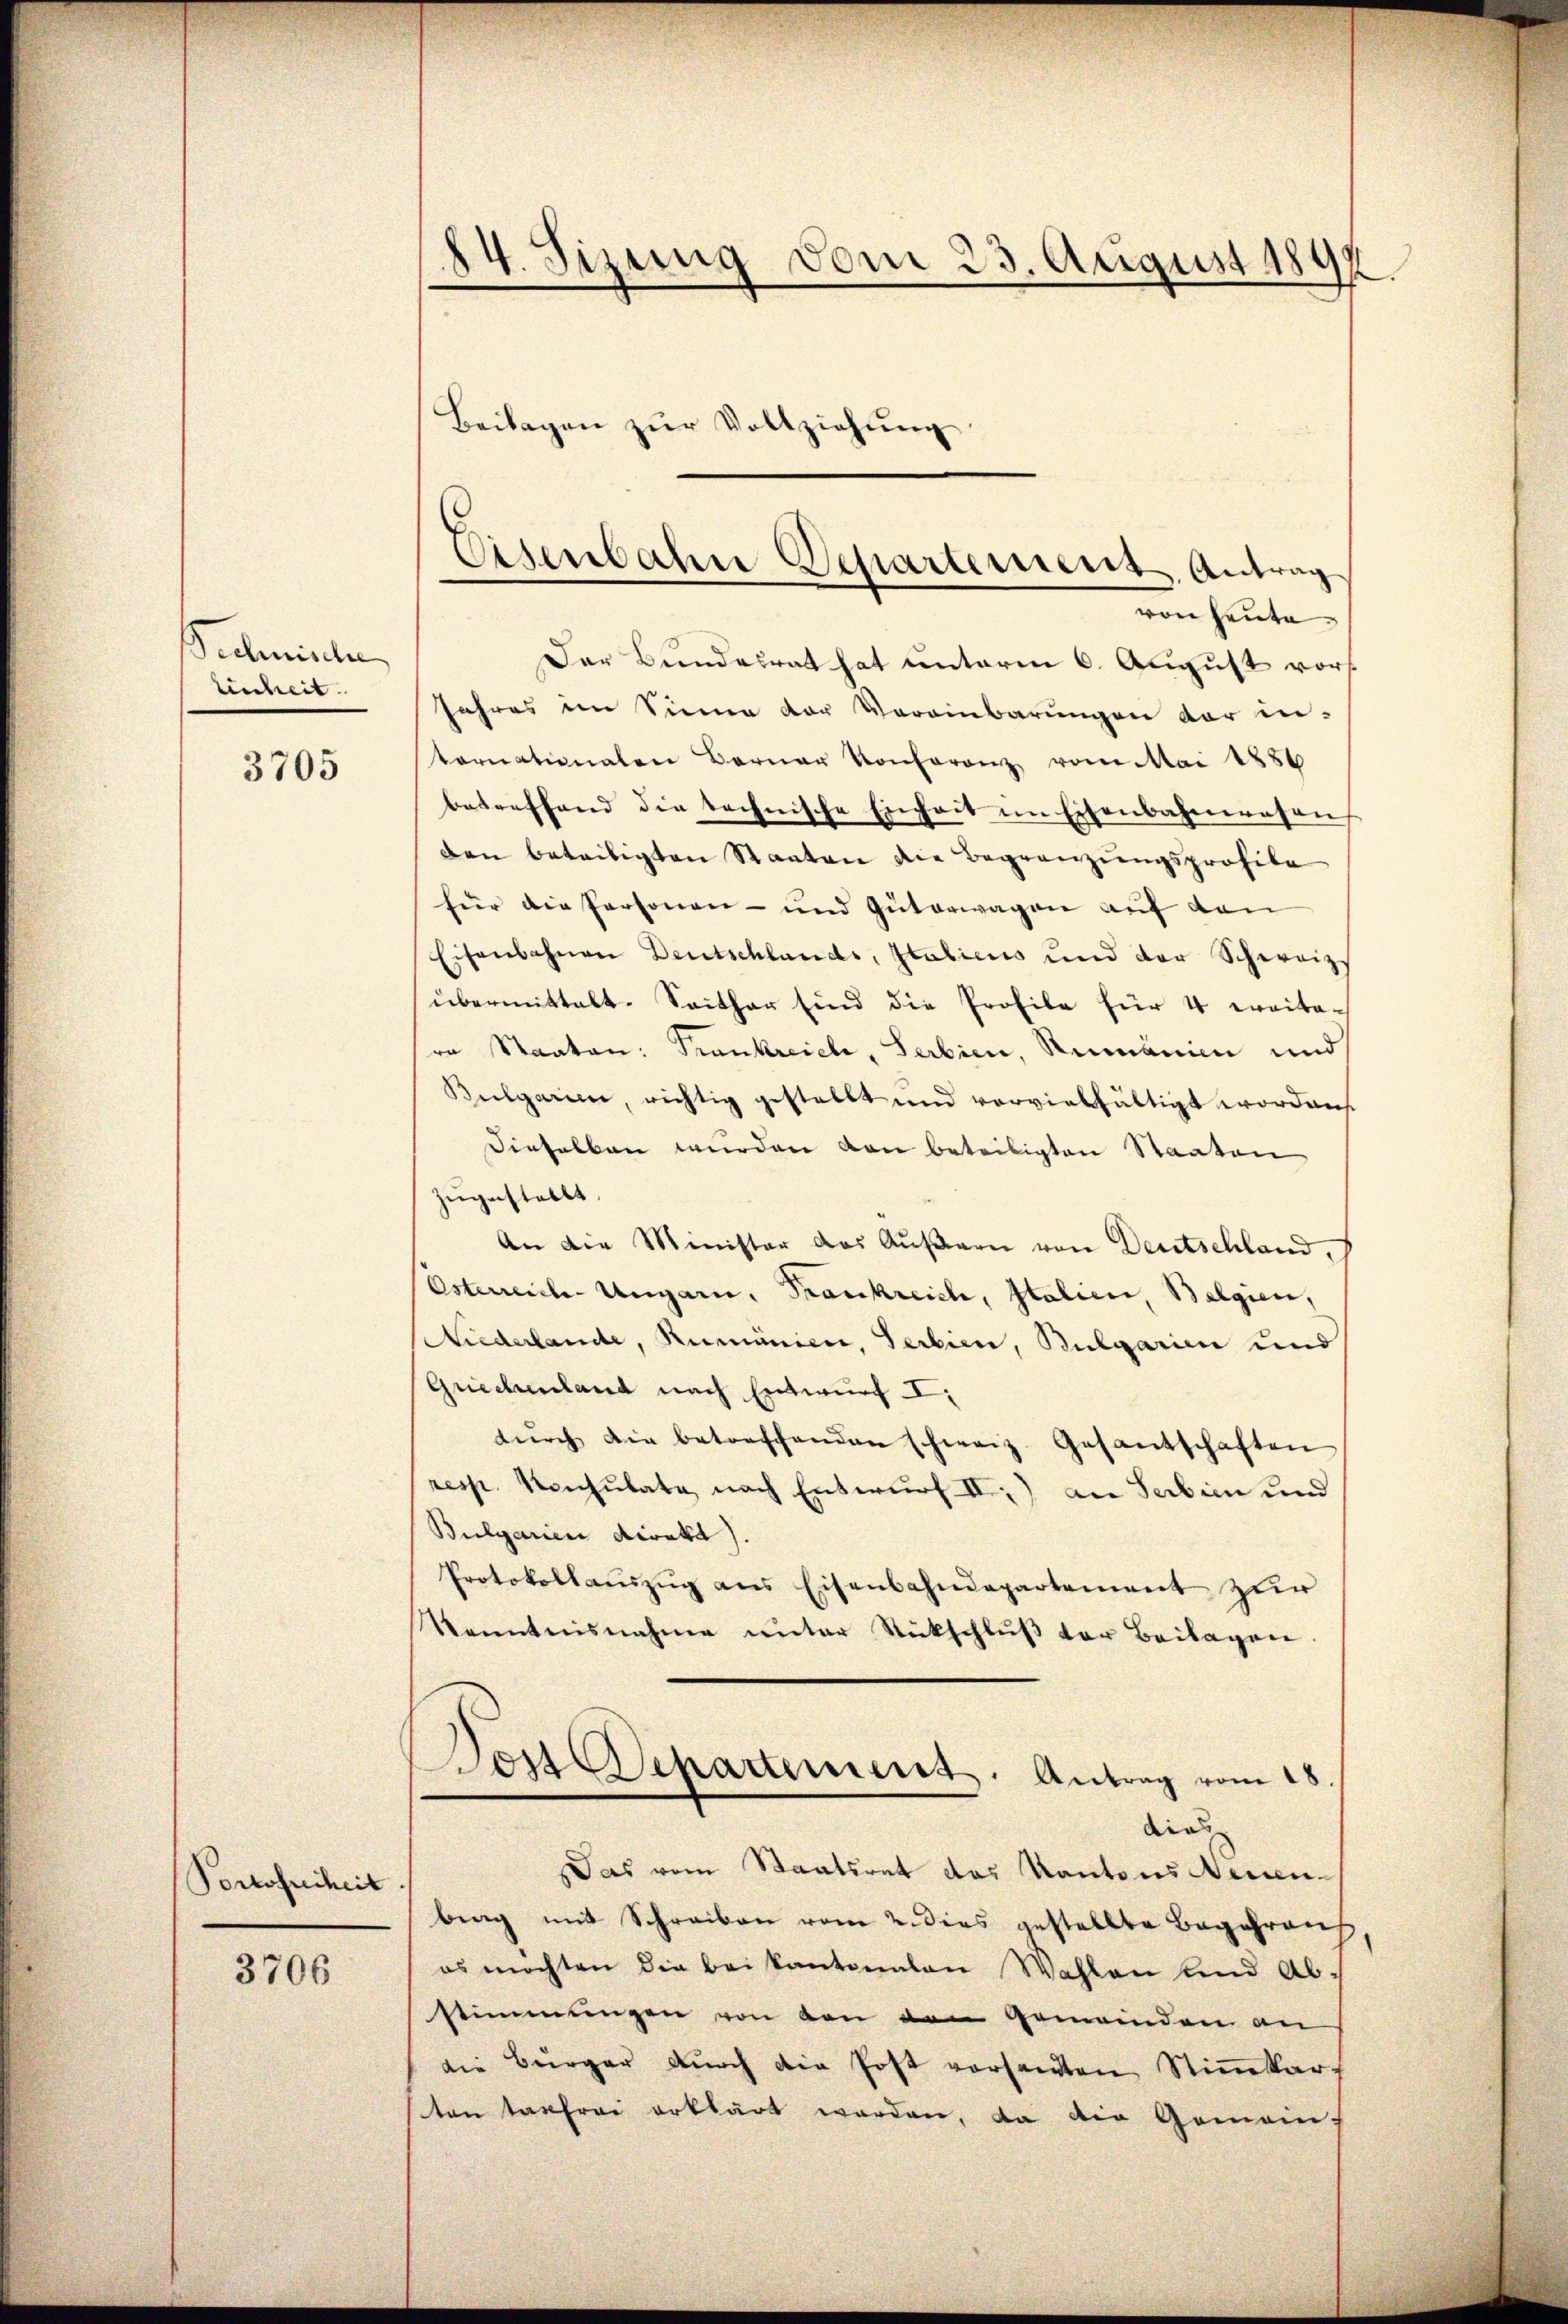
Technische
Einheit.

3705

Portofreiheit

3706

14. Sizung vom 23. August 189
.
Beilagen zŭr Vollziehŭng

Eisenbahn Departement, Antrag
von heute

Der Bundesrat hat unterm 6. August vor
Jahres im Sinne der Vereinbarungen der in-
tornationalen Berner Konferenz vom Mai 1886
betreffend die technische Einheit im Eisenbahnwesen
den beteiligten Staaten die Begränzŭngsprofile
für die Personen- und Güterwagen auf den
Eisenbahnen Deutschlands, Italiens und der Schweiz
übermittalt. Seither sind die Profile für 4 weitera Staaten: Frankreich, Serbien, Remonien und
Bulgarien, richtig gestellt und vervielfältigt worden.
Dieselben wurden von beteiligten Staaten
zugestellt.
An die Minister das Äußern von Deutschland,
Esterreich Ungarn, Frankreich, Italien, Belgien,
Niederlande, Rumänien, Serbien, Bulgarien und
Griechenland nach Entwurf I
dŭrch die betreffenden schweiz. Gesantschaften
resp. Konsulate nach Entwurf II) an Serbien und
Bulgarien direkt).
Protokollaŭszŭg ans Eisenbahndepartement zur
Kenntnisnahme unter Rückschluß vor Beilagen
Dos Departement. Antrag vom 18.
dies
Das vom Staatsrat des Kantons Neuen-
brag mit Schreiben vom 2. dies gestellte Begehrens
es möchten die bei Kantonalen Wahlen und Abstimmungen von den den Gemeinden an
die Bürger durch die Post versandten Stimmkart
ten tagfrei erklärt worden, da die Gemein¬